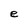
Character: e